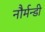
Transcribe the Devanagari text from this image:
नौर्मन्डी